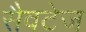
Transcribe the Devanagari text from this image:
सैवटेज